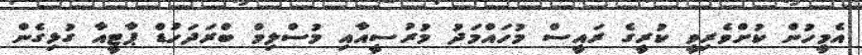
އެމީހުން ކުށްވެރިވީ ކުރީގެ ރައީސް މުހައްމަދު މުރުސީއާއި މުސްލިމް ބްރަދަހުޑް ޕާޓީއާ ގުޅިގެން